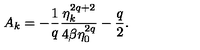
A _ { k } = - \frac { 1 } { q } \frac { \eta _ { k } ^ { 2 q + 2 } } { 4 \beta \eta _ { 0 } ^ { 2 q } } - \frac { q } { 2 } .